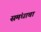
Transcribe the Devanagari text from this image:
समंधाचा